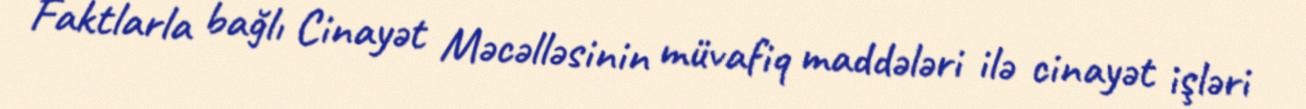
Faktlarla bağlı Cinayət Məcəlləsinin müvafiq maddələri ilə cinayət işləri